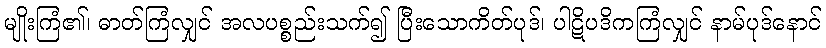
မျိုးကြံ၏၊ ဓာတ်ကြံလျှင် အလပစ္စည်းသက်၍ ပြီးသောကိတ်ပုဒ်၊ ပါဋိပဒိကကြံလျှင် နာမ်ပုဒ်နောင်